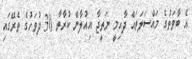
އެ ބާވަތުގެ މައްސަލަތައް ދާއިމީ ނަތީޖާ އިއުލާން ކުރާތާ 30 ދުވަހުގެ ތެރޭގައި